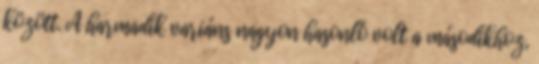
között. A harmadik variáns nagyon hasonló volt a másodikhoz,